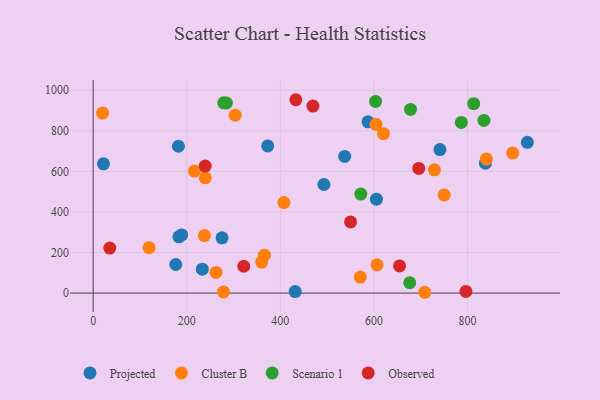
{"axis": {"x": "Study Hours", "y": "Demand"}, "legend": ["Cluster B", "Observed", "Projected", "Scenario 1"], "data": [{"x": "373.0", "y": 725.3, "type": "Projected"}, {"x": "838.2", "y": 640.5, "type": "Projected"}, {"x": "493.1", "y": 535.3, "type": "Projected"}, {"x": "182.2", "y": 723.8, "type": "Projected"}, {"x": "275.4", "y": 272.3, "type": "Projected"}, {"x": "927.9", "y": 743.0, "type": "Projected"}, {"x": "605.3", "y": 462.7, "type": "Projected"}, {"x": "741.1", "y": 707.5, "type": "Projected"}, {"x": "587.4", "y": 844.2, "type": "Projected"}, {"x": "22.0", "y": 637.2, "type": "Projected"}, {"x": "537.5", "y": 673.7, "type": "Projected"}, {"x": "183.2", "y": 277.4, "type": "Projected"}, {"x": "233.2", "y": 117.7, "type": "Projected"}, {"x": "431.8", "y": 7.3, "type": "Projected"}, {"x": "189.2", "y": 286.9, "type": "Projected"}, {"x": "176.5", "y": 141.0, "type": "Projected"}, {"x": "278.5", "y": 5.7, "type": "Cluster B"}, {"x": "729.3", "y": 607.7, "type": "Cluster B"}, {"x": "604.3", "y": 831.8, "type": "Cluster B"}, {"x": "20.2", "y": 887.4, "type": "Cluster B"}, {"x": "840.2", "y": 660.6, "type": "Cluster B"}, {"x": "365.9", "y": 186.8, "type": "Cluster B"}, {"x": "407.5", "y": 446.1, "type": "Cluster B"}, {"x": "262.6", "y": 102.0, "type": "Cluster B"}, {"x": "239.6", "y": 568.3, "type": "Cluster B"}, {"x": "708.5", "y": 4.0, "type": "Cluster B"}, {"x": "119.4", "y": 223.6, "type": "Cluster B"}, {"x": "896.5", "y": 689.9, "type": "Cluster B"}, {"x": "216.4", "y": 601.2, "type": "Cluster B"}, {"x": "237.7", "y": 283.7, "type": "Cluster B"}, {"x": "570.8", "y": 78.8, "type": "Cluster B"}, {"x": "303.5", "y": 877.0, "type": "Cluster B"}, {"x": "606.6", "y": 139.4, "type": "Cluster B"}, {"x": "360.2", "y": 152.7, "type": "Cluster B"}, {"x": "750.1", "y": 483.5, "type": "Cluster B"}, {"x": "620.4", "y": 785.6, "type": "Cluster B"}, {"x": "786.8", "y": 841.3, "type": "Scenario 1"}, {"x": "571.9", "y": 487.9, "type": "Scenario 1"}, {"x": "284.7", "y": 937.0, "type": "Scenario 1"}, {"x": "279.0", "y": 937.7, "type": "Scenario 1"}, {"x": "676.5", "y": 51.0, "type": "Scenario 1"}, {"x": "603.5", "y": 944.8, "type": "Scenario 1"}, {"x": "835.0", "y": 851.3, "type": "Scenario 1"}, {"x": "813.2", "y": 933.6, "type": "Scenario 1"}, {"x": "678.2", "y": 905.3, "type": "Scenario 1"}, {"x": "550.1", "y": 350.9, "type": "Observed"}, {"x": "796.6", "y": 8.2, "type": "Observed"}, {"x": "654.8", "y": 133.8, "type": "Observed"}, {"x": "433.1", "y": 953.1, "type": "Observed"}, {"x": "239.4", "y": 626.2, "type": "Observed"}, {"x": "35.4", "y": 221.7, "type": "Observed"}, {"x": "321.8", "y": 132.2, "type": "Observed"}, {"x": "469.7", "y": 921.7, "type": "Observed"}, {"x": "695.8", "y": 614.7, "type": "Observed"}]}